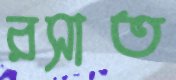
রসাত